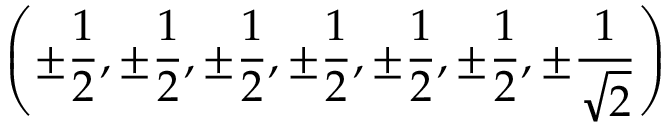
\left( \pm { \frac { 1 } { 2 } } , \pm { \frac { 1 } { 2 } } , \pm { \frac { 1 } { 2 } } , \pm { \frac { 1 } { 2 } } , \pm { \frac { 1 } { 2 } } , \pm { \frac { 1 } { 2 } } , \pm { \frac { 1 } { \sqrt { 2 } } } \right)